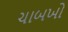
ચાબખો